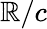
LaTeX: \mathbb{R}/c